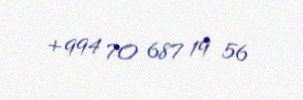
+994 70 687 19 56